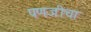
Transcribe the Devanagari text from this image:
पणजीचा